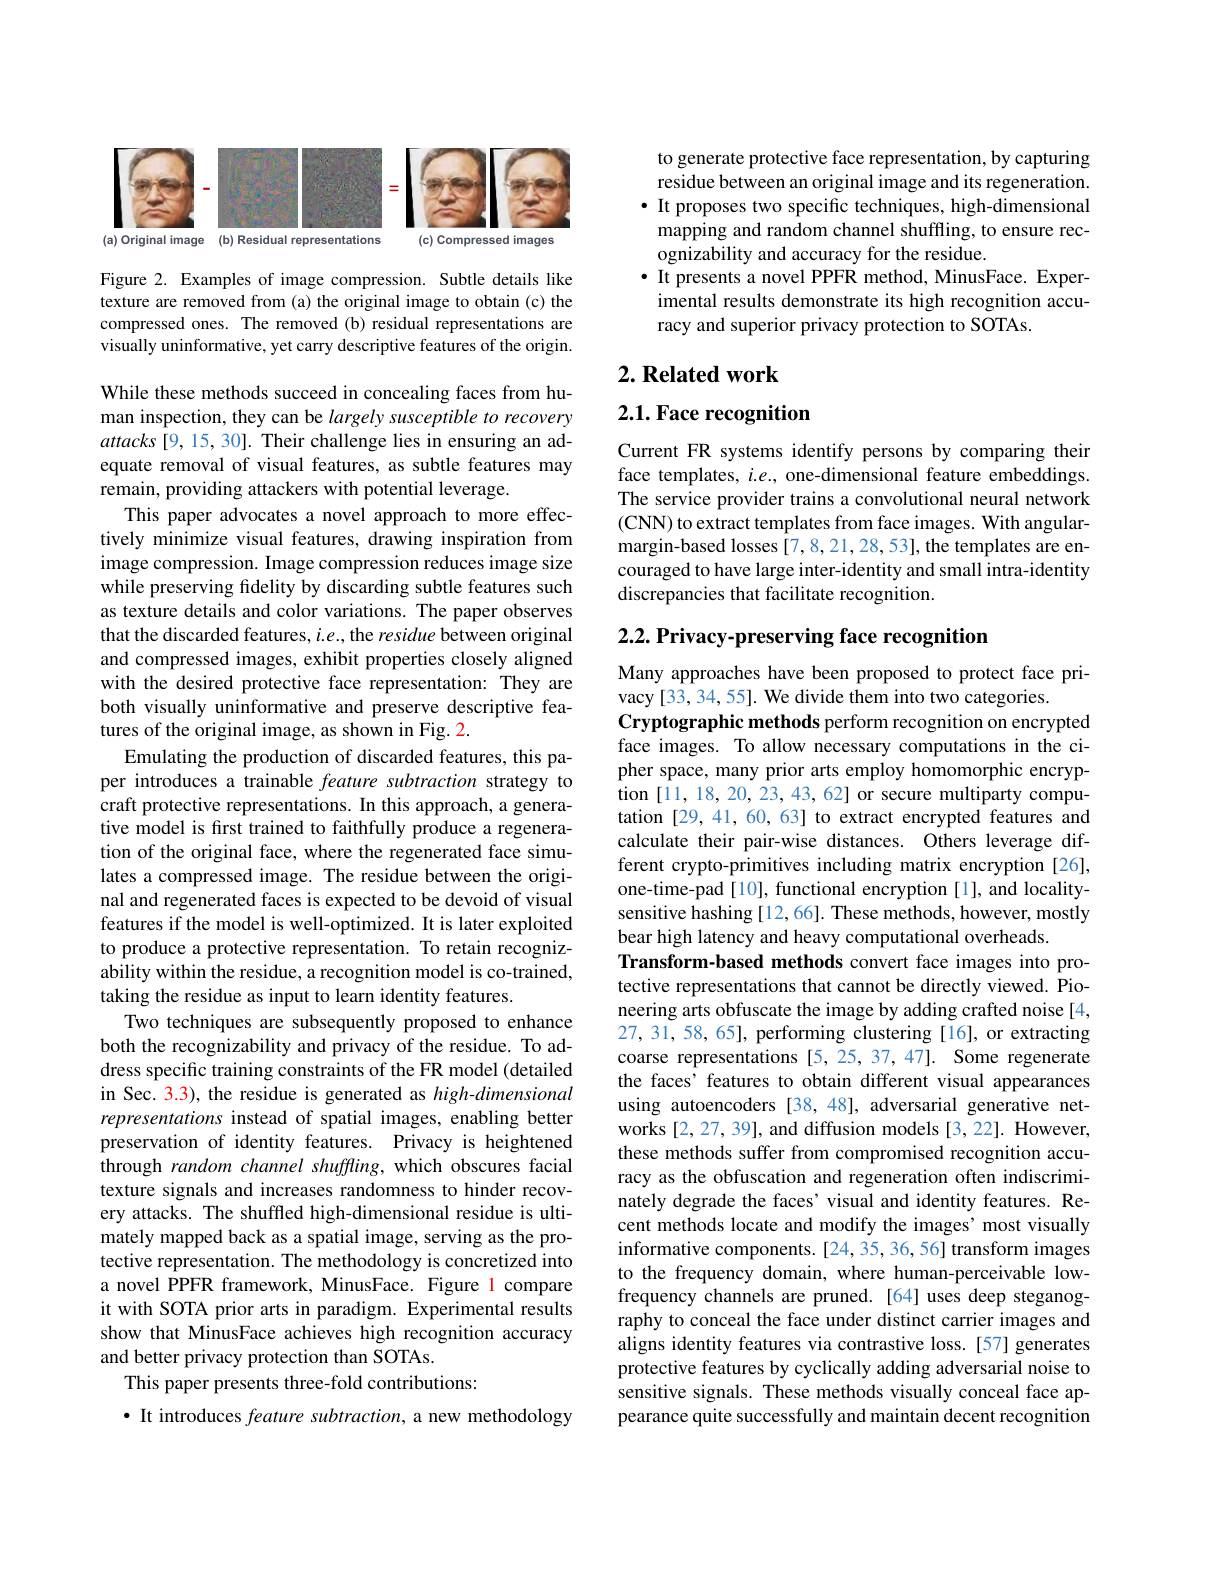
<FigureHere>

Figure 2. Examples of image compression. Subtle details like texture are removed from (a) the original image to obtain (c) the compressed ones. The removed (b) residual representations are visually uninformative, yet carry descriptive features of the origin.

While these methods succeed in concealing faces from human inspection, they can be largely susceptible to recovery attacks [9,15,30]. Their challenge lies in ensuring an adequate removal of visual features, as subtle features may remain, providing attackers with potential leverage.
This paper advocates a novel approach to more effectively minimize visual features, drawing inspiration from image compression. Image compression reduces image size while preserving fidelity by discarding subtle features such as texture details and color variations. The paper observes that the discarded features, $i.e.$, the residue between original and compressed images, exhibit properties closely aligned with the desired protective face representation: They are both visually uninformative and preserve descriptive features of the original image, as shown in Fig. 2.
Emulating the production of discarded features, this paper introduces a trainable feature subtraction strategy to craft protective representations. In this approach, a generative model is first trained to faithfully produce a regeneration of the original face, where the regenerated face simulates a compressed image. The residue between the original and regenerated faces is expected to be devoid of visual features if the model is well-optimized. It is later exploited to produce a protective representation. To retain recognizability within the residue, a recognition model is co-trained, taking the residue as input to learn identity features.
Two techniques are subsequently proposed to enhance both the recognizability and privacy of the residue. To address specific training constraints of the FR model (detailed in Sec. 3.3), the residue is generated as high-dimensional representations instead of spatial images, enabling better preservation of identity features. Privacy is heightened through random channel shuffling, which obscures facial texture signals and increases randomness to hinder recovery attacks. The shuffled high-dimensional residue is ultimately mapped back as a spatial image, serving as the protective representation. The methodology is concretized into a novel PPFR framework, MinusFace. Figure 1 compare it with SOTA prior arts in paradigm. Experimental results show that MinusFace achieves high recognition accuracy and better privacy protection than SOTAs.
This paper presents three-fold contributions:
· It introduces feature subtraction, a new methodology

to generate protective face representation, by capturing residue between an original image and its regeneration. $\bullet$ It proposes two specific techniques, high-dimensional mapping and random channel shuffling, to ensure recognizability and accuracy for the residue.
$\bullet$ It presents a novel PPFR method, MinusFace. Experimental results demonstrate its high recognition accuracy and superior privacy protection to SOTAs.

## $2. \textbf{ Related work}$

$2. 1. \textbf{Face recognition}$

Current FR systems identify persons by comparing their face templates, $i.e.$, one-dimensional feature embeddings. The service provider trains a convolutional neural network (CNN) to extract templates from face images. With angularmargin-based losses $\hat{[7,8,21,28,53]}$,the templates are encouraged to have large inter-identity and small intra-identity discrepancies that facilitate recognition.

2.2. Privacy- preserving face recognition

Many approaches have been proposed to protect face pri-
vacy [33, 34, 55]. We divide them into two categories.
Cryptographic methods perform recognition on encrypted face images. To allow necessary computations in the cipher space, many prior arts employ homomorphic encryption [11,18,20,23,43,62] or secure multiparty computation [29, 41, 60, 63] to extract encrypted features and calculate their pair-wise distances. Others leverage different crypto-primitives including matrix encryption[26], one-time-pad[10], functional encryption[1], and localitysensitive hashing [12,66]. These methods, however, mostly bear high latency and heavy computational overheads.
Transform-based methods convert face images into protective representations that cannot be directly viewed. Pioneering arts obfuscate the image by adding crafted noise [4, 27, 31, 58, 65], performing clustering [16], or extracting coarse representations [5,25,37,47]. Some regenerate the faces' features to obtain different visual appearances using autoencoders [38,48], adversarial generative networks [2,27,39], and diffusion models [3,22]. However, these methods suffer from compromised recognition accuracy as the obfuscation and regeneration often indiscriminately degrade the faces' visual and identity features. Recent methods locate and modify the images' most visually informative components.[24,35,36,56] transform images to the frequency domain, where human-perceivable lowfrequency channels are pruned.[64] uses deep steganography to conceal the face under distinct carrier images and aligns identity features via contrastive loss.[57] generates protective features by cyclically adding adversarial noise to sensitive signals. These methods visually conceal face appearance quite successfully and maintain decent recognition